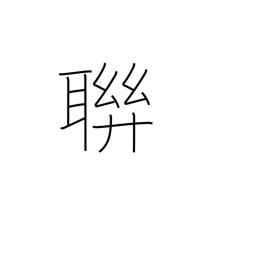
Meaning: clique